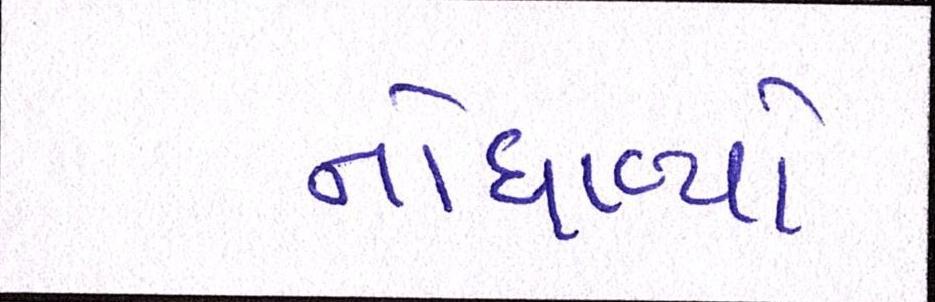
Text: નોધાવ્યો